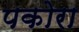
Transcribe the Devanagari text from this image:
पकोरा